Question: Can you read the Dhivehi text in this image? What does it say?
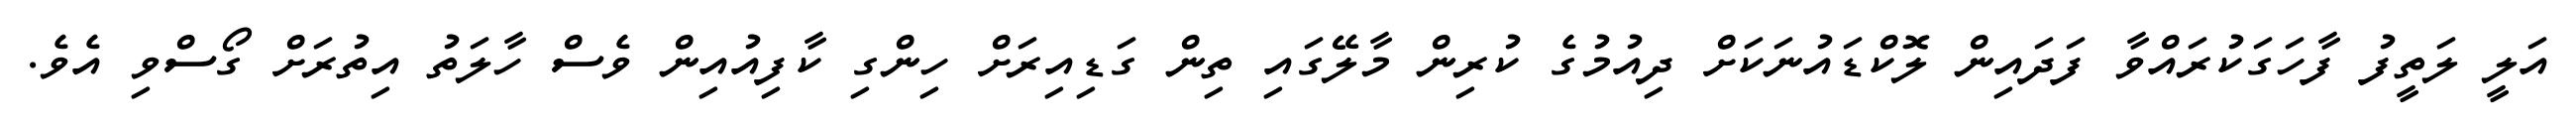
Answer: އަލީ ލަތީފު ފާހަގަކުރައްވާ ފަދައިން ލޮކްޑައުނަކަށް ދިއުމުގެ ކުރިން މާލޭގައި ތިން ގަޑިއިރަށް ހިންގި ކާފިއުއިން ވެސް ހާލަތު އިތުރަށް ގޯސްވި އެވެ.